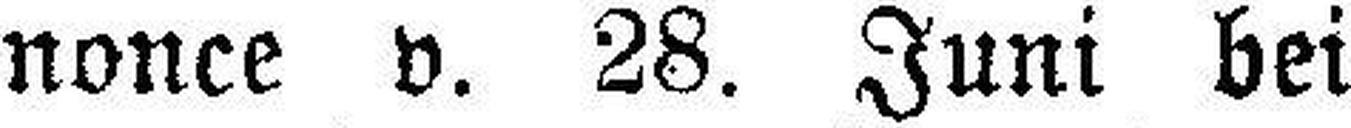
nonce v. 28. Juni bei